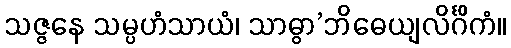
သဇ္ဇနေ သမ္ပဟံသာယံ၊ သာဓွာ’ဘိဓေယျလိင်္ဂိကံ။